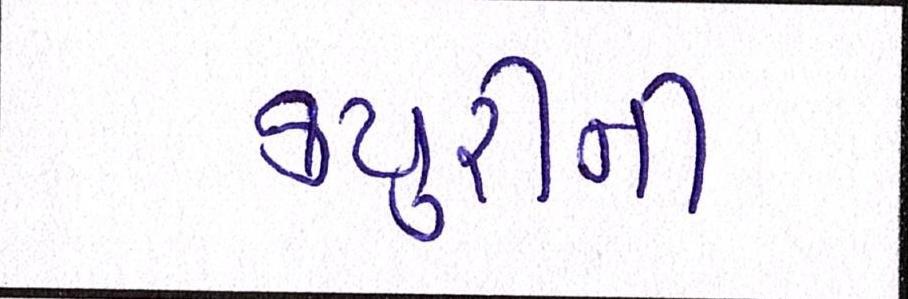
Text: ક્યુરીની